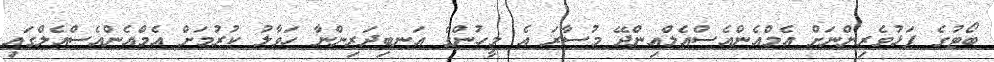
ބޯޓުގެ ފަޅުވެރިންނަށް އެމްއެންއެސްއެލްއިންދޭ މުސާރަ އެ މީހުންގެ އަނބިދަރިންނާ ހަވާލު ކުރުމަށް އެމްއެންއެސްއެލްގައި